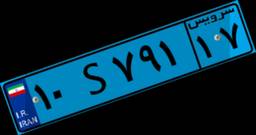
۱۰S۷۹۱۱۷